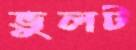
ভুলট